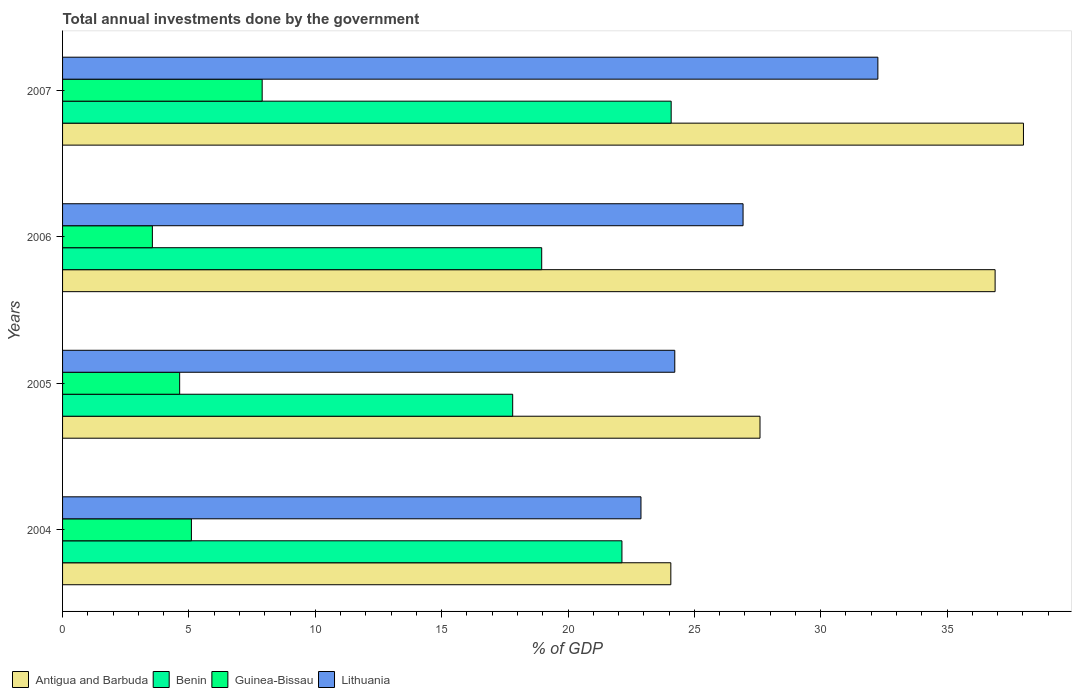
| Years | Antigua and Barbuda | Benin | Guinea-Bissau | Lithuania |
 | --- | --- | --- | --- | --- |
 | 2004 | 24.1 | 22.1 | 5.1 | 22.9 |
 | 2005 | 27.6 | 17.8 | 4.63 | 24.2 |
 | 2006 | 36.9 | 19 | 3.55 | 26.9 |
 | 2007 | 38 | 24.1 | 7.9 | 32.3 |